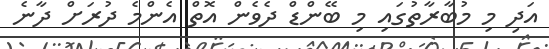
އަދި މި މުބާރާތުގައި މި ބޭންޑް ދެވެން އޮތް އެންމެ ދުރަށް ދާނެ